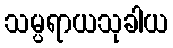
သမ္ပရာယသုခါယ